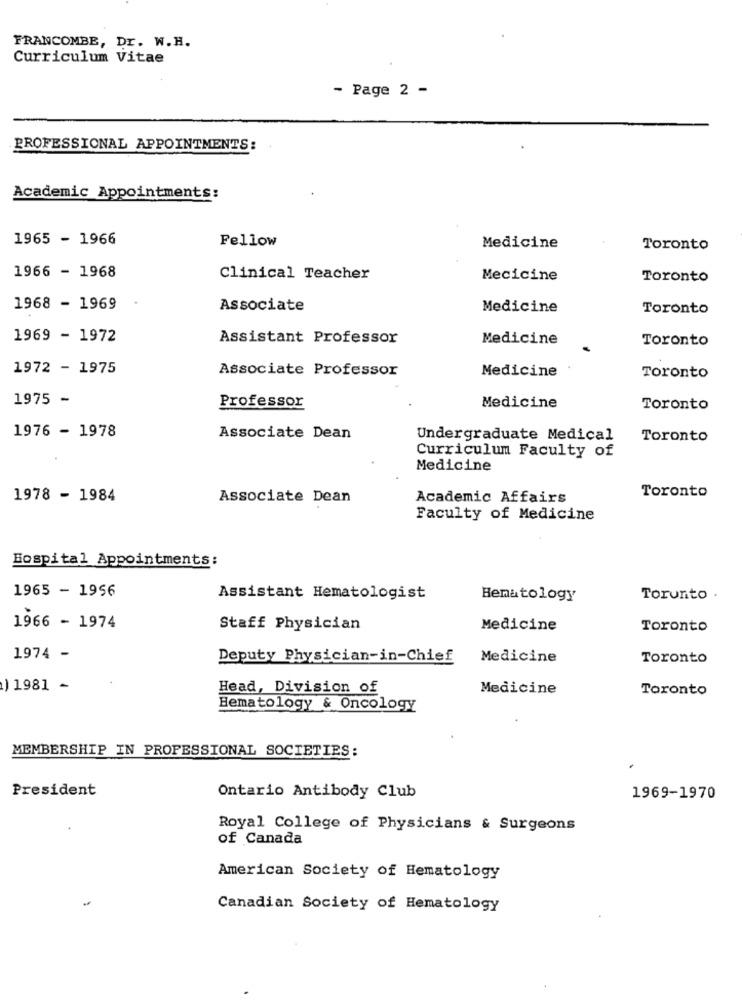
FRANCOMBE, Dr. W.H.
Curriculum Vitae
- Page 2 -
PROFESSIONAL APPOINTMENTS:
Academic Appointments:
1965 - 1966
Fellow
Medicine
Toronto
1966 - 1968
Clinical Teacher
Mecicine
Toronto
1968 - 1969
Associate
Medicine
Toronto
1969 - 1972
Assistant Professor
Medicine
Toronto
1972 - 1975
Associate Professor
Medicine
Toronto
1975 -
Professor
Medicine
Toronto
1976 - 1978
Associate Dean
Undergraduate Medical
Toronto
Curriculum Faculty of
Medicine
1978 - 1984
Associate Dean
Academic Affairs
Toronto
Faculty of Medicine
Hospital Appointments:
1965 - 1956
Assistant Hematologist
Hematology
Torunto .
1966 - 1974
Staff Physician
Medicine
Toronto
1974 -
Deputy Physician-in-Chief
Medicine
Toronto
) 1981 -
Head, Division of
Medicine
Toronto
Hematology & Oncology
MEMBERSHIP IN PROFESSIONAL SOCIETIES:
President
Ontario Antibody Club
1969-1970
Royal College of Physicians & Surgeons
of Canada
American Society of Hematology
-
Canadian Society of Hematology